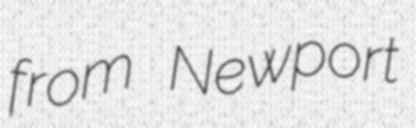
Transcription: from Newport